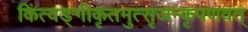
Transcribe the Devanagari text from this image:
किंत्वङ्गीकृतमुत्सृजन्कृपणवत्